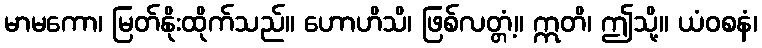
မာမကော၊ မြတ်နိုးထိုက်သည်။ ဟောဟိသိ၊ ဖြစ်လတ္တံ့။ ဣတိ၊ ဤသို့။ ယံဝစနံ၊